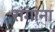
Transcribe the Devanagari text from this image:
रांगांना